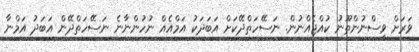
ވަރަށް ވިސްނުންތޫނު ކުއްޖެއްނުން. ނަސޭހަތްދޭކަށް އަބަދަކު އަމްއެއް ނުހުންނާނެ ނަސޭހަތްދޭން އަބަދު އަމްނާ